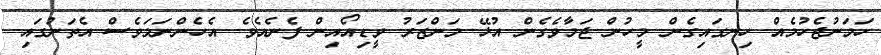
ހަމަނުޖެހުމެއް ހިނގައިގެން މީހުން ޖަމާވެގެން އުޅޭ މަންޒަރު ވީޑިއޯއިން ފެނެއެވެ. އެހެންނަމަވެސް އެތަނުގައި